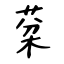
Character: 棻